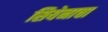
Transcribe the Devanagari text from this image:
सियेनाचा